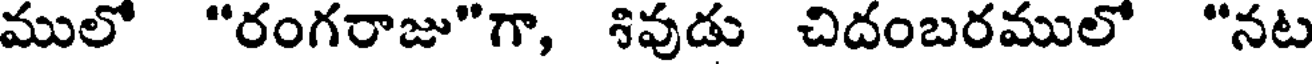
ములో "రంగరాజు"గా, శివుడు చిదంబరములో "నట